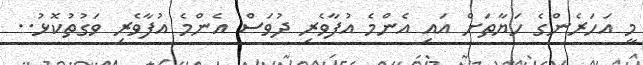
މީ އަހަރެންގެ ހަޔާތަށް އައި އެންމެ އުފާވެރި ދުވަސް އެންމެ އުފާވެރި ވަގުތުކޮޅު..